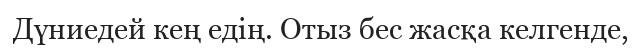
Дүниедей кең едің. Отыз бес жасқа келгенде,